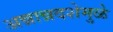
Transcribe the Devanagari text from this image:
अन्नान्नदशेमुळे